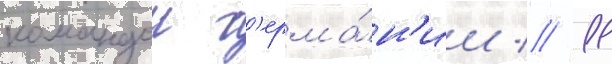
командои г'ерма́н'ии // 11